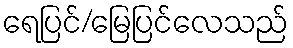
ရေပြင်/မြေပြင်လေသည်